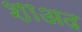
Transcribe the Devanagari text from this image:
शाअद